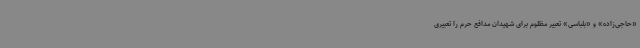
«حاجی‌زاده» و «بلباسی» تعبیر مظلوم برای شهیدان مدافع حرم را تعبیری